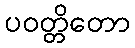
ပဝတ္တိတော